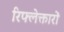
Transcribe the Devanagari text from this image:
रिफ्लेक्तारों